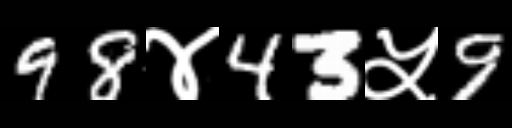
Text: 98४43५9